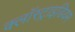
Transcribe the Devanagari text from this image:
क्लॉस्ट्राइडियम